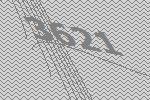
3621